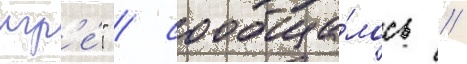
игр'е́" / сообща́лось /